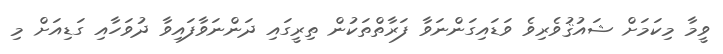
ވީމާ މިކަމަށް ޝައުޤުވެރިވެ ވަޑައިގަންނަވާ ފަރާތްތަކުން ތިރީގައި ދަންނަވާފައިވާ ދުވަހާއި ގަޑިއަށް މި